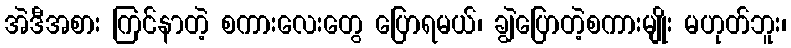
အဲဒီအစား ကြင်နာတဲ့ စကားလေးတွေ ပြောရမယ်၊ ချွဲပြောတဲ့စကားမျိုး မဟုတ်ဘူး၊